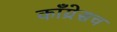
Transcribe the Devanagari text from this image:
काँग्रेसच